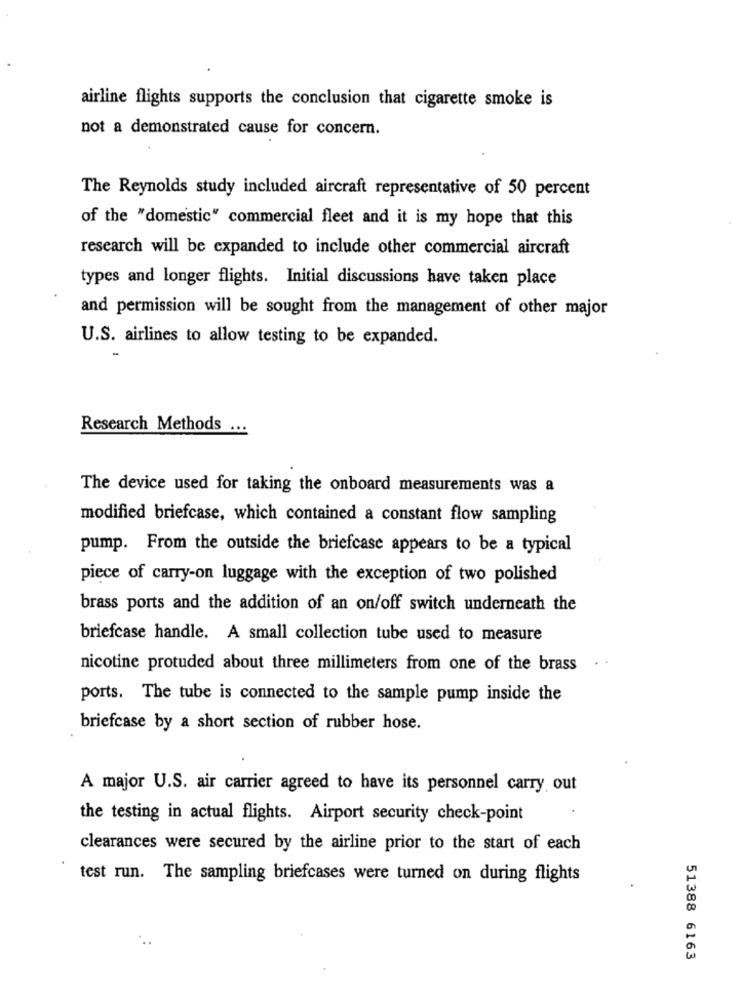
airline flights supports the conclusion that cigarette smoke is
not a demonstrated cause for concern.
The Reynolds study included aircraft representative of 50 percent
of the "domestic" commercial fleet and it is my hope that this
research will be expanded to include other commercial aircraft
types and longer flights. Initial discussions have taken place
and permission will be sought from the management of other major
U.S. airlines to allow testing to be expanded.
Research Methods
The device used for taking the onboard measurements was a
modified briefcase, which contained a constant flow sampling
pump. From the outside the briefcase appears to be a typical
piece of carry-on luggage with the exception of two polished
brass ports and the addition of an on/off switch underneath the
briefcase handle. A small collection tube used to measure
nicotine protuded about three millimeters from one of the brass
ports. The tube is connected to the sample pump inside the
briefcase by a short section of rubber hose.
A major U.S. air carrier agreed to have its personnel carry out
the testing in actual flights. Airport security check-point
clearances were secured by the airline prior to the start of each
test run. The sampling briefcases were turned on during flights
51388 6163